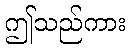
ဤသည်ကား